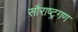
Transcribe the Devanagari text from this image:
सौराष्ट्रगण